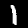
Digit: 1